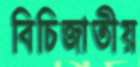
বিচিজাতীয়